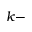
k -